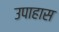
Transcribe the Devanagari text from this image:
उपाहास